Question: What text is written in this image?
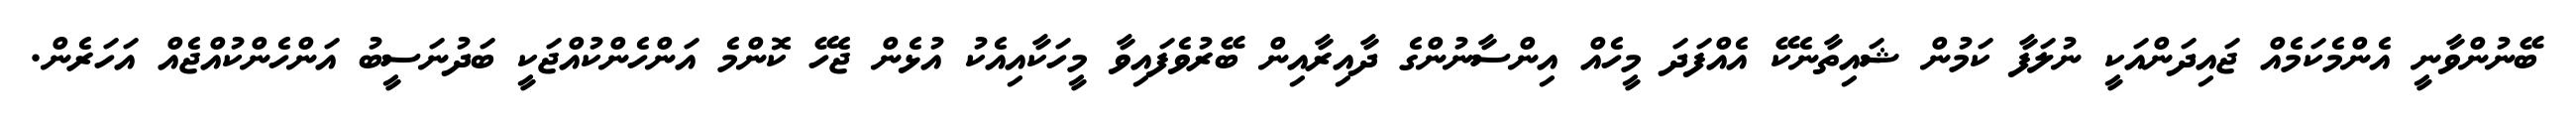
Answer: ބޭނުންވާނީ އެންމެކަމެއް ޖައިދަންއަކީ ނުލަފާ ކަމުން ޝައިތާނެކޭ އެއްފަދަ މީހެއް އިންސާނުންގެ ދާއިރާއިން ބޭރުވެފައިވާ މީހަކާއިއެކު އުޅެން ޖެހޭ ކޮންމެ އަންހެންކުއްޖަކީ ބަދުނަސީބު އަންހެންކުއްޖެއް އަހަރެން.